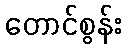
တောင်စွန်း